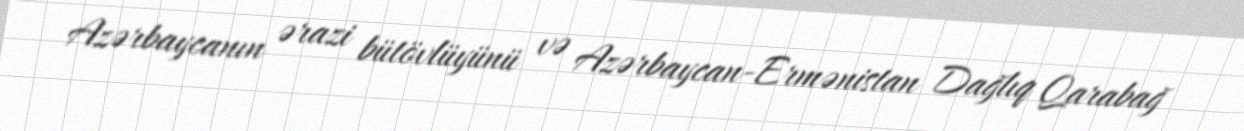
Azərbaycanın ərazi bütövlüyünü və Azərbaycan-Ermənistan Dağlıq Qarabağ